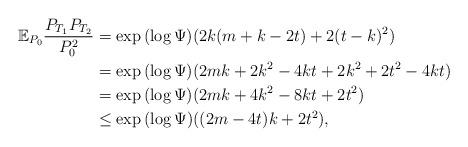
LaTeX: \begin{align*} \mathbb{E}_{P_0} \frac{P_{T_1} P_{T_2}}{P_0^2} &= \exp{ (\log \Psi) ( 2 k(m+k - 2t) + 2 (t-k)^2 )}\\ &= \exp{ (\log \Psi) (2mk + 2k^2 - 4kt + 2k^2 +2 t^2 - 4kt)} \\ &= \exp{ (\log \Psi) (2mk + 4k^2 - 8kt + 2t^2)}\\ &\le \exp{ (\log \Psi) ((2m - 4t)k + 2t^2 )},\end{align*}